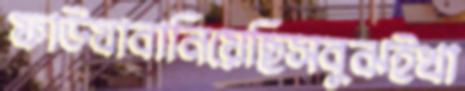
ফাউযাবানিয়েছিসবুঝইখা